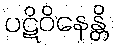
ပဋိဝိနေန္တိ